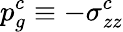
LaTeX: p_{g}^{c}\equiv-\sigma_{zz}^{c}